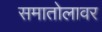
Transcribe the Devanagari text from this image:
समातोलावर